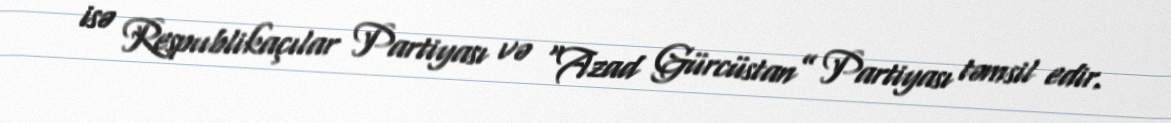
isə Respublikaçılar Partiyası və “Azad Gürcüstan” Partiyası təmsil edir.